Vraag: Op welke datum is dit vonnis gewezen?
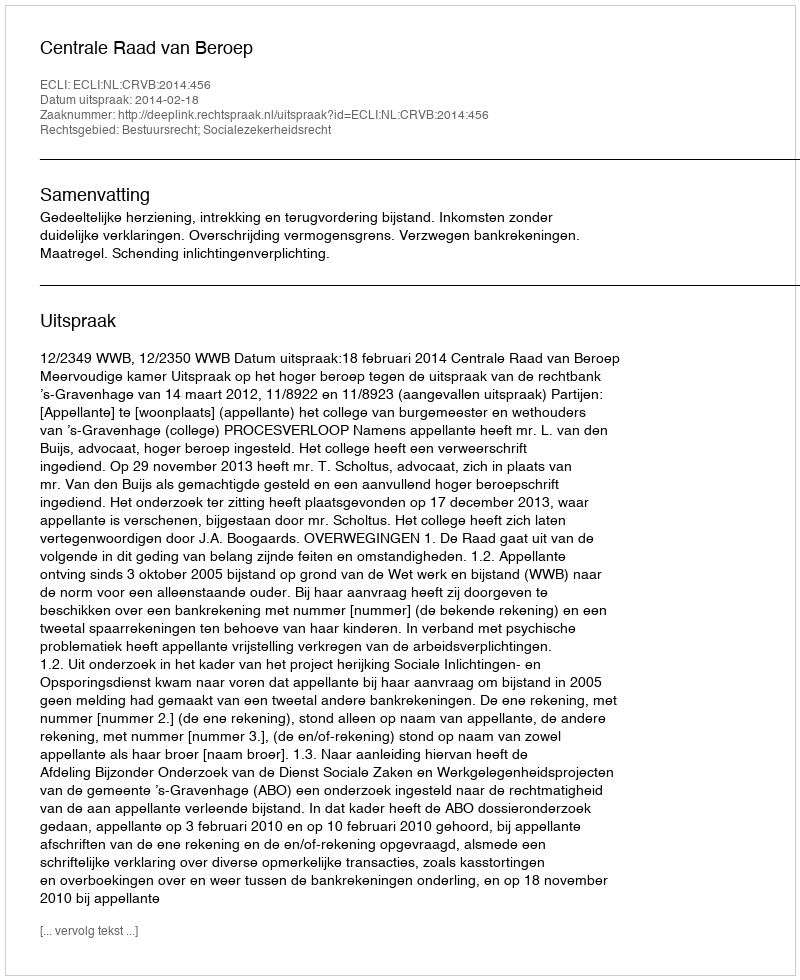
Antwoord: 2014-02-18